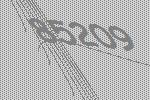
85209